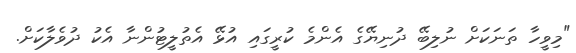
"މިވީހާ ތަނަކަށް ނުލިބޭ ދުނިޔޭގެ އެންމެ ކުރީގައި އުޅޭ އެތުލީޓުންނާ އެކު ދުވެލާކަށް.